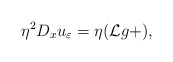
\begin{align*} \eta^2 D_x u_{\varepsilon} = \eta (\mathcal{L} g + ),\end{align*}